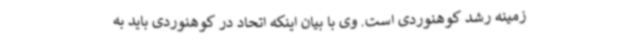
زمینه رشد کوهنوردی است. وی با بیان اینکه اتحاد در کوهنوردی باید به